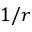
1 / r